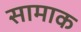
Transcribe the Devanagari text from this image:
सामाक